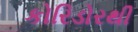
કોરિડોરથી